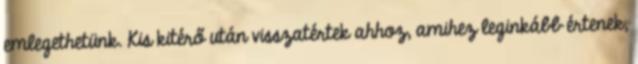
emlegethetünk. Kis kitérő után visszatértek ahhoz, amihez leginkább értenek,